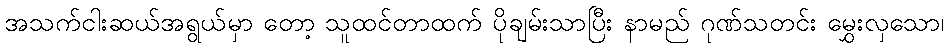
အသက်ငါးဆယ်အရွယ်မှာ တော့ သူထင်တာထက် ပိုချမ်းသာပြီး နာမည် ဂုဏ်သတင်း မွှေးလှသော၊